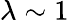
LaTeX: \lambda\sim 1